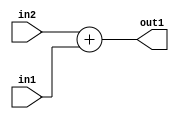
`timescale 1ps / 1ps
/*****************************************************************************
    Verilog RTL Description
    
    
    Created by: Stratus DpOpt 21.05.01 
*******************************************************************************/

module Filter_Add_4Ux1U_4U_1 (
	in2,
	in1,
	out1
	); /* architecture "behavioural" */ 
input [3:0] in2;
input  in1;
output [3:0] out1;
wire [3:0] asc001;

assign asc001 = 
	+(in2)
	+(in1);

assign out1 = asc001;
endmodule

/* CADENCE  urn0Qws= : u9/ySxbfrwZIxEzHVQQV8Q== ** DO NOT EDIT THIS LINE ******/